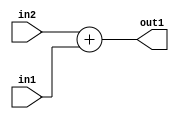
`timescale 1ps / 1ps
/*****************************************************************************
    Verilog RTL Description
    
    
    Created by: Stratus DpOpt 21.05.01 
*******************************************************************************/

module Filter_Add_4Ux1U_4U_1 (
	in2,
	in1,
	out1
	); /* architecture "behavioural" */ 
input [3:0] in2;
input  in1;
output [3:0] out1;
wire [3:0] asc001;

assign asc001 = 
	+(in2)
	+(in1);

assign out1 = asc001;
endmodule

/* CADENCE  urn0Qws= : u9/ySxbfrwZIxEzHVQQV8Q== ** DO NOT EDIT THIS LINE ******/